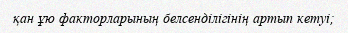
қан ұю факторларының белсенділігінің артып кетуі;